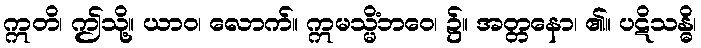
ဣတိ၊ ဤသို့။ ယာဝ၊ လောက်။ ဣမသ္မိံဘဝေ၊ ၌။ အတ္တနော၊ ၏။ ပဋိသန္ဓိ၊